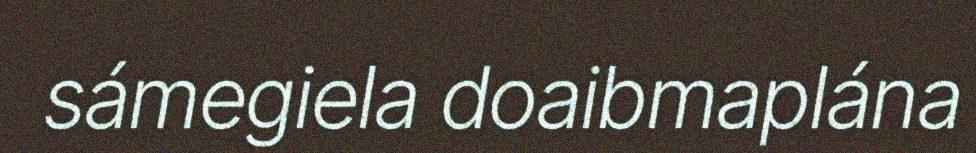
sámegiela doaibmaplána